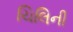
ચિલિની